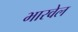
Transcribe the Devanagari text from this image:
भारवेल